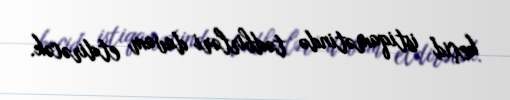
keçid istiqamətində tədbirləri davam etdirəcək.